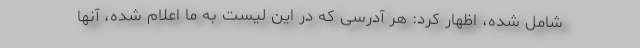
شامل شده، اظهار کرد: هر آدرسی که در این لیست به ما اعلام شده، آنها